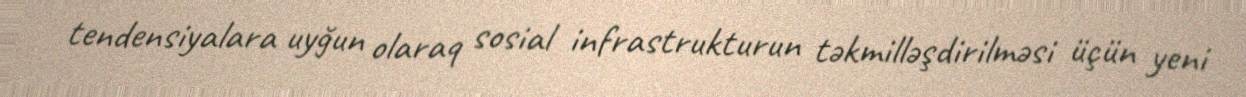
tendensiyalara uyğun olaraq sosial infrastrukturun təkmilləşdirilməsi üçün yeni